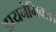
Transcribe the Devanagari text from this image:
डायनेमिक्स।